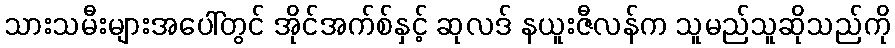
သားသမီးများအပေါ်တွင် အိုင်အက်စ်နှင့် ဆုလဒ် နယူးဇီလန်က သူမည်သူဆိုသည်ကို